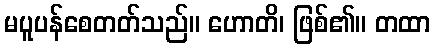
မပူပန်စေတတ်သည်။ ဟောတိ၊ ဖြစ်၏။ တထာ